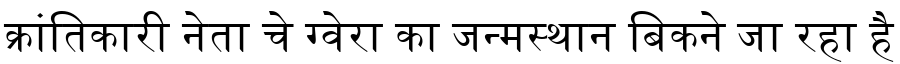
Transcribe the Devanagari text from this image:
क्रांतिकारी नेता चे ग्वेरा का जन्मस्थान बिकने जा रहा है